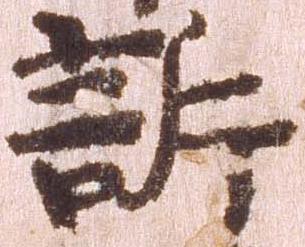
訴